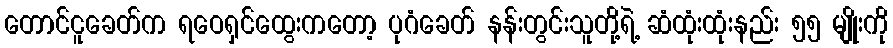
တောင်ငူခေတ်က ရဝေရှင်ထွေးကတော့ ပုဂံခေတ် နန်းတွင်းသူတို့ရဲ့ ဆံထုံးထုံးနည်း ၅၅ မျိုးကို